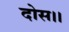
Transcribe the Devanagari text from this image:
दोस।।